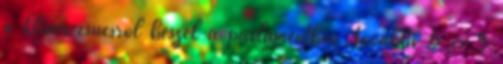
a klíma-csúcsról beszél a parlamentben További 5 és 9